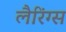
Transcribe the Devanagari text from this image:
लैरिंग्स